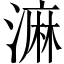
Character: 𣻕